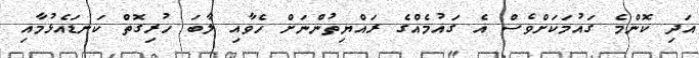
އަދި ކޮންމެ ގައުމަކަށްވެސް އެ ގައުމެއްގެ ރައްޔިތުންނަށް ހެވާއި ލާބަ ހުރިގޮތް ކަނޑައެޅުމާއި